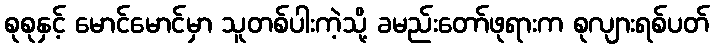
စုစုနှင့် မောင်မောင်မှာ သူတစ်ပါးကဲ့သို့ ခမည်းတော်ဖုရားက စုလျားရစ်ပတ်